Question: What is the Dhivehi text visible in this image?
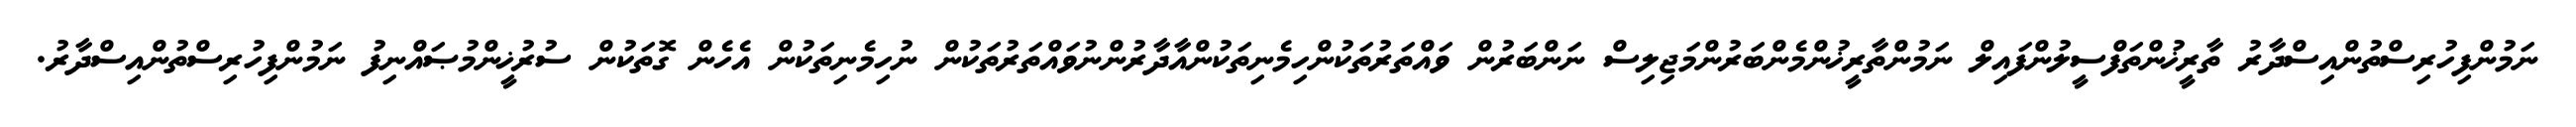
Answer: ނަމުންފިހުރިސްތުންއިސްދާރު ތާރީޚުންތަފްސީލުންފައިލް ނަމުންތާރީޚުންމެންބަރުންމަޖިލިސް ނަންބަރުން ވައްތަރުތަކުންހިމެނިތަކުންއާދާރުންނުވައްތަރުތަކުން ނުހިމެނިތަކުން އެހެން ގޮތަކުން ސުރުޚީންމުޞައްނިފު ނަމުންފިހުރިސްތުންއިސްދާރު.